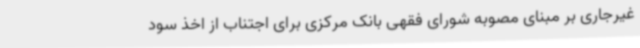
غیرجاری بر مبنای مصوبه شورای فقهی بانک مرکزی برای اجتناب از اخذ سود